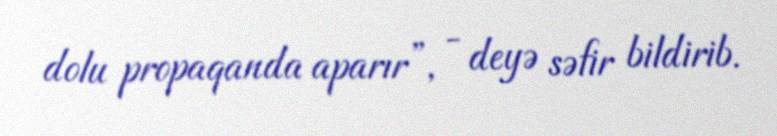
dolu propaqanda aparır”, - deyə səfir bildirib.